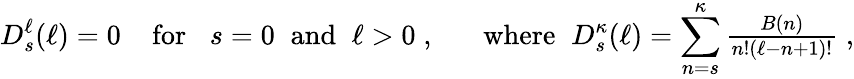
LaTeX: D_{s}^{\ell}(\ell)=0\; \; \; \; \mathrm{for}\; \; \; s=0\; \; \mathrm{and}\; \; \ell>0\; ,\; \; \; \; \; \; \mathrm{where}\; \; D_{s}^{\kappa}(\ell)=\sum_{n=s}^{\kappa}{\textstyle\frac{B(n)}{n!({\ell}-n+1)!}}\; ,